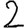
Digit: 2